Indian journal of veterinary science and animal husbandry - Volumes 28-29, 1958-1959
Year: 1958
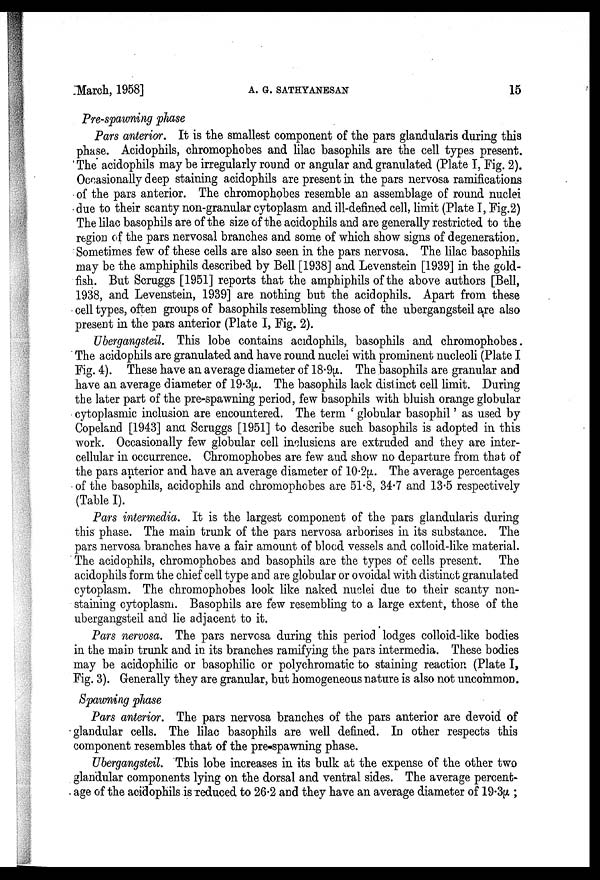
March, 1958]
A.
G.
SATHYANESAN
15
Pre-spawning phase
Pars anterior. It is the smallest component of the pars glandularis during this
phase. Acidophils, chromophobes and lilac basophils are the cell types present.
The acidophils may be irregularly round or angular and granulated (Plate I, Fig. 2).
Occasionally deep staining acidophils are present in the pars nervosa ramifications
of the pars anterior. The chromophobes resemble an assemblage of round nuclei
due to their scanty non-granular cytoplasm and ill-defined cell, limit (Plate I, Fig.2)
The lilac basophils are of the size of the acidophils and are generally restricted to the
region of the pars nervosal branches and some of which show signs of degeneration.
Sometimes few of these cells are also seen in the pars nervosa. The lilac basophils
may be the amphiphils described by Bell [1938] and Levenstein [1939] in the gold-
fish. But Scruggs [1951] reports that the amphiphils of the above authors [Bell,
1938, and Levenstein, 1939] are nothing but the acidophils. Apart from these
cell types, often groups of basophils resembling those of the ubergangsteil are also
present in the pars anterior (Plate I, Fig. 2).
Ubergangsteil. This lobe contains acidophils, basophils and chromophobes.
The acidophils are granulated and have round nuclei with prominent nucleoli (Plate I
Fig. 4). These have an average diameter of 18.9µ. The basophils are granular and
have an average diameter of 19.3µ. The basophils lack distinct cell limit. During
the later part of the pre-spawning period, few basophils with bluish orange globular
cytoplasmic inclusion are encountered. The term ' globular basophil ' as used by
Copeland [1943] and Scruggs [1951] to describe such basophils is adopted in this
work. Occasionally few globular cell inclusions are extruded and they are inter-
cellular in occurrence. Chromophobes are few and show no departure from that of
the pars anterior and have an average diameter of 10.2µ. The average percentages
of the basophils, acidophils and chromophobes are 51.8, 34.7 and 13.5 respectively
(Table I).
Pars intermedia. It is the largest component of the pars glandularis during
this phase. The main trunk of the pars nervosa arborises in its substance. The
pars nervosa branches have a fair amount of blood vessels and colloid-like material.
The acidophils, chromophobes and basophils are the types of cells present. The
acidophils form the chief cell type and are globular or ovoidal with distinct granulated
cytoplasm. The chromophobes look like naked nuclei due to their scanty non-
staining cytoplasm. Basophils are few resembling to a large extent, those of the
ubergangsteil and lie adjacent to it.
Pars nervosa. The pars nervosa during this period lodges colloid-like bodies
in the main trunk and in its branches ramifying the pars intermedia. These bodies
may be acidophilic or basophilic or polychromatic to staining reaction (Plate I,
Fig. 3). Generally they are granular, but homogeneous nature is also not uncommon.
Spawning phase
Pars anterior. The pars nervosa branches of the pars anterior are devoid of
glandular cells. The lilac basophils are well defined. In other respects this
component resembles that of the pre-spawning phase.
Ubergangsteil. This lobe increases in its bulk at the expense of the other two
glandular components lying on the dorsal and ventral sides. The average percent-
age of the acidophils is reduced to 26.2 and they have an average diameter of 19.3µ ;